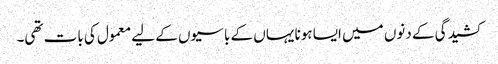
کشیدگی کے دنوں میں ایسا ہونا یہاں کے باسیوں کے لیے معمول کی بات تھی۔